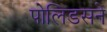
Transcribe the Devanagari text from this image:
पोलिडसने